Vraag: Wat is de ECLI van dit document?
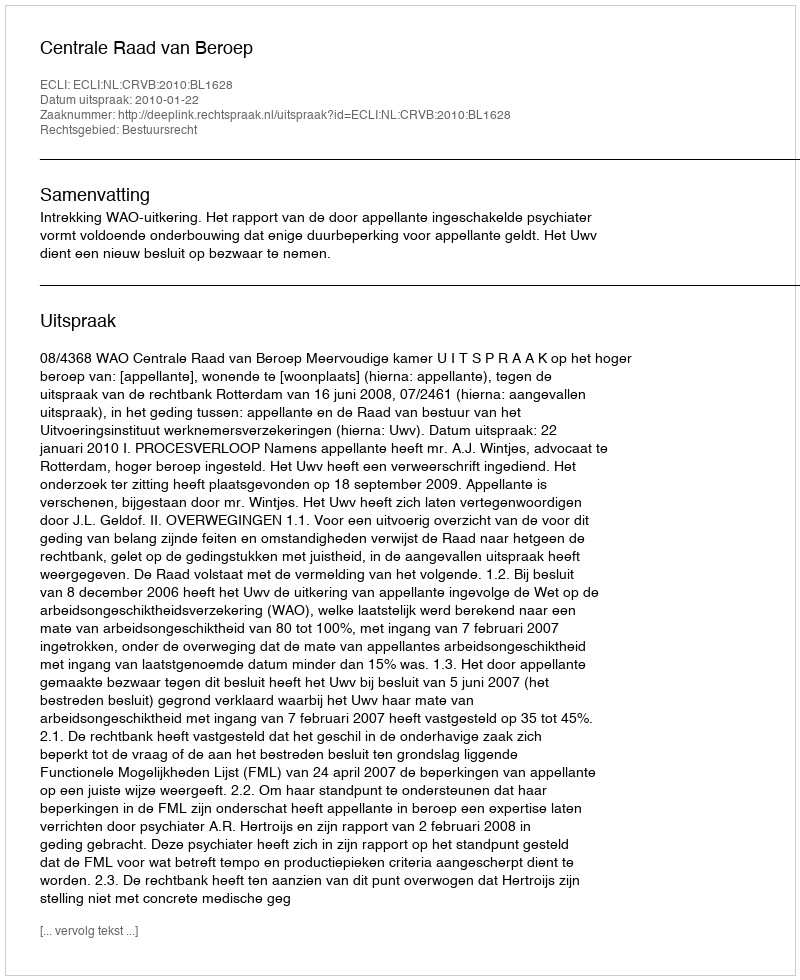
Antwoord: ECLI:NL:CRVB:2010:BL1628